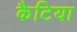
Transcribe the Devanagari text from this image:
कैटिया